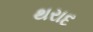
થરાદ